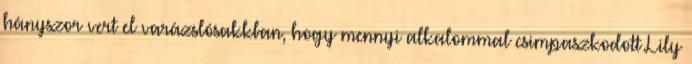
hányszor vert el varázslósakkban, hogy mennyi alkalommal csimpaszkodott Lily